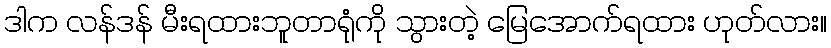
ဒါက လန်ဒန် မီးရထားဘူတာရုံကို သွားတဲ့ မြေအောက်ရထား ဟုတ်လား။